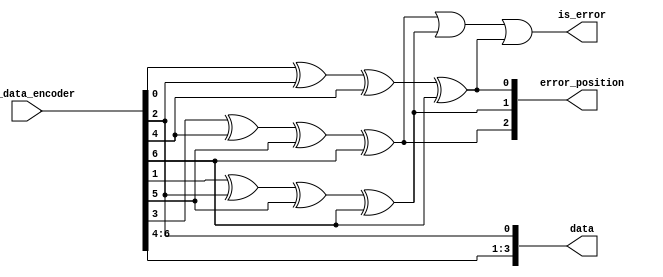
`timescale 1ns / 1ps

module hamming_decoder(
    input [6:0] ham_data_encoder,
    output [3:0] data,
    output [2:0] error_position,
    output is_error
    ); 
    
    assign data[0]= ham_data_encoder[2];
    assign data[1]= ham_data_encoder[4];
    assign data[2]= ham_data_encoder[5];
    assign data[3]= ham_data_encoder[6];
    
    assign c1= ham_data_encoder[0]^ham_data_encoder[2]^ham_data_encoder[4]^ham_data_encoder[6]; // C1= 1 xor 3 xor 5 xor 7
     
    assign c2= ham_data_encoder[1]^ham_data_encoder[2]^ham_data_encoder[5]^ham_data_encoder[6]; // C2= 2 xor 3 xor 6 xor 7
    
    assign c3= ham_data_encoder[3]^ham_data_encoder[4]^ham_data_encoder[5]^ham_data_encoder[6]; // C3= 4 xor 5 xor 6 xor 7
    
    assign error_position= {c3,c2,c1};//position of error, 

    assign is_error = c3 |c2 | c1;//or (any '1'=>is_error=1)
  
endmodule